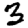
Digit: 3